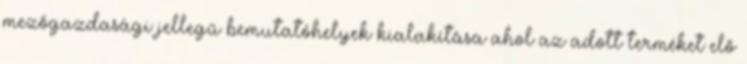
mezőgazdasági jellegű bemutatóhelyek kialakítása ahol az adott terméket elő